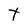
Character: t